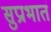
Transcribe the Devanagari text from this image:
सुप्राभातं